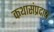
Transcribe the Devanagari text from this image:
कथासंप्रदाय